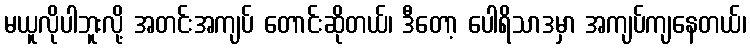
မယူလိုပါဘူးလို့ အတင်းအကျပ် တောင်းဆိုတယ်၊ ဒီတော့ ပေါရိသာဒမှာ အကျပ်ကျနေတယ်၊